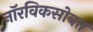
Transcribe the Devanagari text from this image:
नॉरविकसोबत